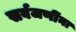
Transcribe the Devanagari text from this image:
सर्वजणींना